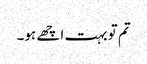
تم تو بہت اچھے ہو۔